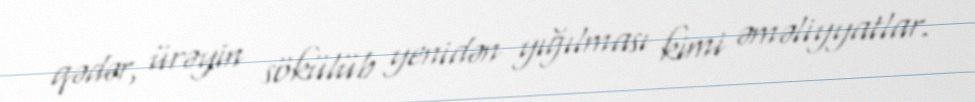
qədər, ürəyin sökülüb yenidən yığılması kimi əməliyyatlar.